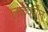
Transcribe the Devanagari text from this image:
लंकेपर्यंत